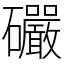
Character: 礹